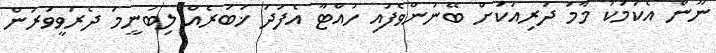
ނޫން އެކަމަކު މާމަ ދަރިއަކަށް ބޭނުންވެފައި ހުއްޓާ އެފަދަ ޚަބަރެއް ލިބުނީމަ ދެރަވީވަރުން